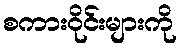
စကားဝိုင်းများကို